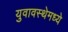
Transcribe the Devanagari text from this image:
युवावस्थेमध्ये